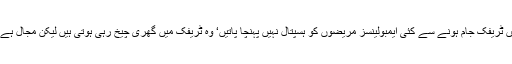
آئے روز بڑے شہروں میں ٹریفک جام ہونے سے کئی ایمبولینسز مریضوں کو ہسپتال نہیں پہنچا پاتیں‘ وہ ٹریفک میں گھری چیخ رہی ہوتی ہیں لیکن مجال ہے کہ انہیں راستہ مل سکے۔